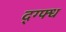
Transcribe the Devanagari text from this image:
द्ग्फ्ध